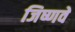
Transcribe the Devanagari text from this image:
जिष्णवे